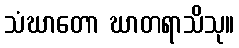
သံဃာတော ဃာတရာသိသု။